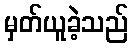
မှတ်ယူခဲ့သည်